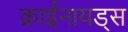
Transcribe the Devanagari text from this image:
क्राईनायड्स